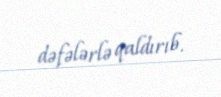
dəfələrlə qaldırıb.